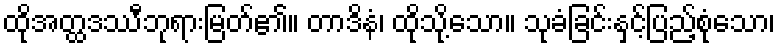
ထိုအတ္ထဒဿီဘုရားမြတ်၏။ တာဒိနံ၊ ထိုသို့သော။ သုခံခြင်းနှင့်ပြည့်စုံသော၊